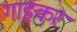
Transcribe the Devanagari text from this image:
गाङकर